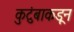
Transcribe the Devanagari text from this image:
कुटुंबाकडून